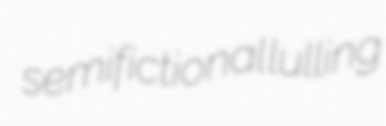
semifictional lulling